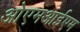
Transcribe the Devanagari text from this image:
ओएमआईएम